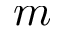
m